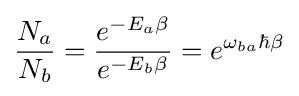
{\frac {N_{a}}{N_{b}}}={\frac {e^{-E_{a}\beta }}{e^{-E_{b}\beta }}}=e^{\omega _{ba}\hbar \beta }